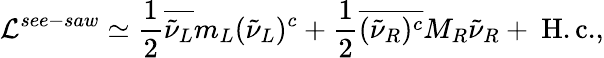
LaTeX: {\cal L}^{see-saw}\simeq{\frac{1}{2}}\overline{{{{\tilde{\nu}}_{L}}}}m_{L}({\tilde{\nu}}_{L})^{c}+{\frac{1}{2}}\overline{{{({\tilde{\nu}}_{R})^{c}}}}M_{R}{\tilde{\nu}}_{R}+\mathrm{~H.c.},